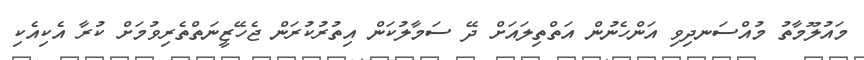
މައުލޫމާތު މުއްސަނދިވި އަންހެނުން އަތްތިލައަށް ދޭ ސަމާލުކަން އިތުރުކުރަން ޖެހޭޒީނަތްތެރިވުމަށް ކުރާ އެކިއެކި